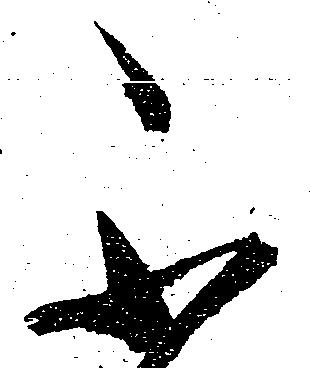
不